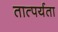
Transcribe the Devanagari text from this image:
तात्पर्यता